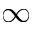
\infty